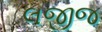
લજીજ